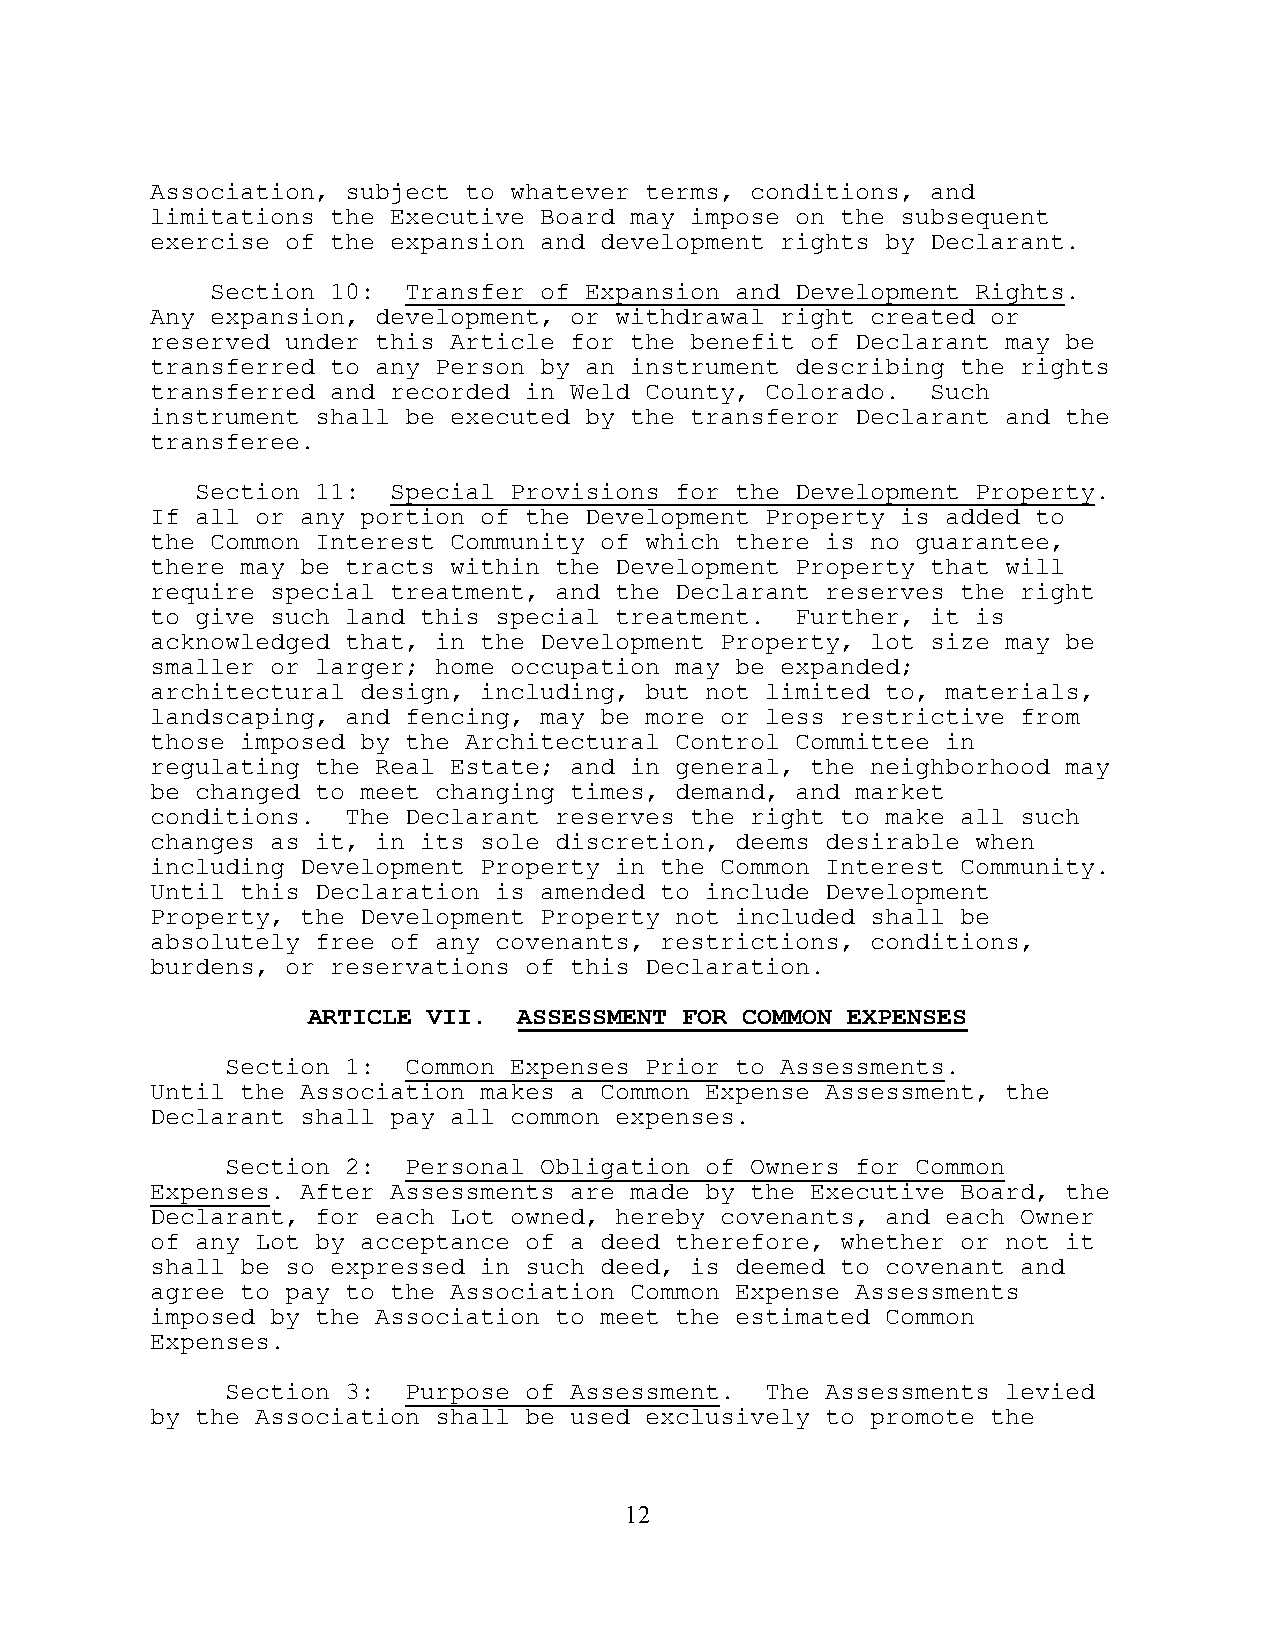
Association, subject to whatever terms, conditions, and
 limitations the Executive Board may impose on the subsequent
 exercise of the expansion and development rights by Declarant.
 Section 10:  Transfer of Expansion and Development Rights.
 Any expansion, development, or withdrawal right created or
 reserved under this Article for the benefit of Declarant may be
 transferred to any Person by an instrument describing the rights
 transferred and recorded in Weld County, Colorado.  Such
 instrument shall be executed by the transferor Declarant and the
 transferee.
 Section 11:  Special Provisions for the Development Property.
 If all or any portion of the Development Property is added to
 the Common Interest Community of which there is no guarantee,
 there may be tracts within the Development Property that will
 require special treatment, and the Declarant reserves the right
 to give such land this special treatment.  Further, it is
 acknowledged that, in the Development Property, lot size may be
 smaller or larger; home occupation may be expanded;
 architectural design, including, but not limited to, materials,
 landscaping, and fencing, may be more or less restrictive from
 those imposed by the Architectural Control Committee in
 regulating the Real Estate; and in general, the neighborhood may
 be changed to meet changing times, demand, and market
 conditions.  The Declarant reserves the right to make all such
 changes as it, in its sole discretion, deems desirable when
 including Development Property in the Common Interest Community.
 Until this Declaration is amended to include Development
 Property, the Development Property not included shall be
 absolutely free of any covenants, restrictions, conditions,
 burdens, or reservations of this Declaration.
 ARTICLE VII.  ASSESSMENT FOR COMMON EXPENSES
 Section 1:  Common Expenses Prior to Assessments.
 Until the Association makes a Common Expense Assessment, the
 Declarant shall pay all common expenses.
 Section 2:  Personal Obligation of Owners for Common
 Expenses. After Assessments are made by the Executive Board, the
 Declarant, for each Lot owned, hereby covenants, and each Owner
 of any Lot by acceptance of a deed therefore, whether or not it
 shall be so expressed in such deed, is deemed to covenant and
 agree to pay to the Association Common Expense Assessments
 imposed by the Association to meet the estimated Common
 Expenses.
 Section 3:  Purpose of Assessment.  The Assessments levied
 by the Association shall be used exclusively to promote the
 12